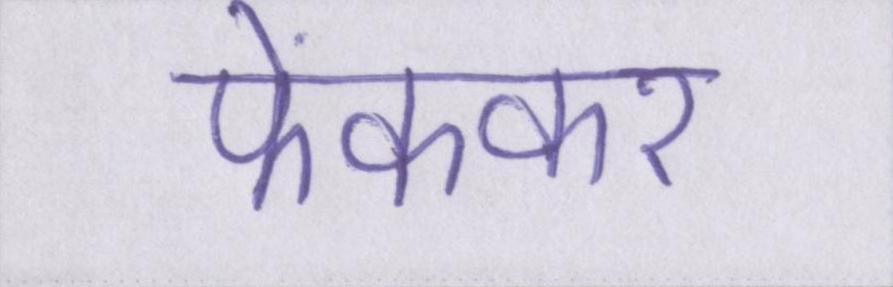
फेंककर